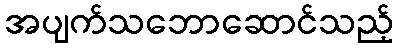
အပျက်သဘောဆောင်သည့်